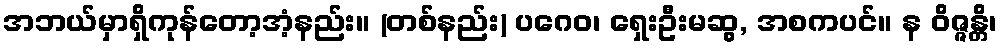
အဘယ်မှာရှိကုန်တော့အံ့နည်း။ (တစ်နည်း) ပဂေဝ၊ ရှေးဦးမဆွ, အစကပင်။ န ဝိဇ္ဇန္တိ၊